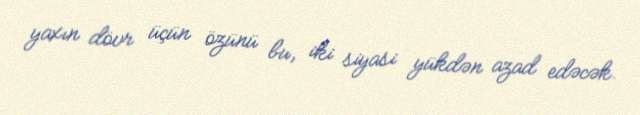
yaxın dövr üçün özünü bu, iki siyasi yükdən azad edəcək.